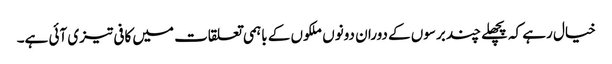
خیال رہے کہ پچھلے چند برسوں کے دوران دونوں ملکوں کے باہمی تعلقات میں کافی تیزی آئی ہے۔